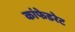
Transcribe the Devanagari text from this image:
कांफेडरेट